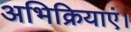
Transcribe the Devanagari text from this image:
अभिक्रियाएं।